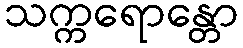
သက္ကရောန္တော